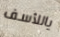
ياللأسف